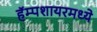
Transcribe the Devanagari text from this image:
हॅम्पशायरमध्ये